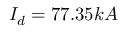
I _ { d } = 7 7 . 3 5 k A